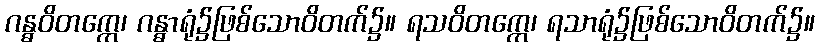
ဂန္ဓဝိတက္ကေ၊ ဂန္ဓာရုံ၌ဖြစ်သောဝိတက်၌။ ရသဝိတက္ကေ၊ ရသာရုံ၌ဖြစ်သောဝိတက်၌။